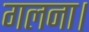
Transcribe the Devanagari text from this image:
गलना।